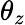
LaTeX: \theta_{z}